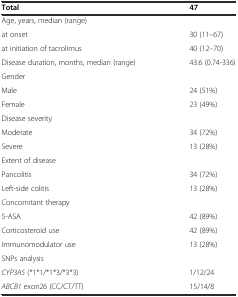
| Total | 47 |
 | --- | --- |
 | Age, years, median (range) |  |
 | at onset | 30 (11–67) |
 | at initiation of tacrolimus | 40 (12–70) |
 | Disease duration, months, median (range) | 43.6 (0.74-336) |
 | Gender |  |
 | Male | 24 (51%) |
 | Female | 23 (49%) |
 | Disease severity |  |
 | Moderate | 34 (72%) |
 | Severe | 13 (28%) |
 | Extent of disease |  |
 | Pancolitis | 34 (72%) |
 | Left-side colitis | 13 (28%) |
 | Concomitant therapy |  |
 | 5-ASA | 42 (89%) |
 | Corticosteroid use | 42 (89%) |
 | Immunomodulator use | 13 (28%) |
 | SNPs analysis |  |
 | CYP3A5 (*1*1/*1*3/*3*3) | 1/12/24 |
 | ABCB1 exon26 (CC/CT/TT) | 15/14/8 |